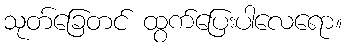
သုတ်ခြေတင် ထွက်ပြေးပါလေရော။